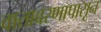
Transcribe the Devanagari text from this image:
वातावरणापासून